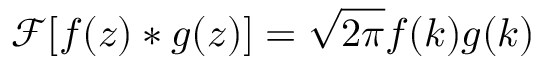
\mathcal { F } [ f ( z ) \ast g ( z ) ] = \sqrt { 2 \pi } f ( k ) g ( k )